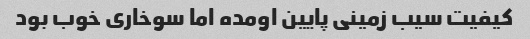
کیفیت سیب زمینی پایین اومده اما سوخاری خوب بود